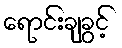
ရောင်းချခွင့်